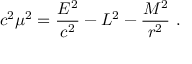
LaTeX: c ^ { 2 } \mu ^ { 2 } = { \frac { E ^ { 2 } } { c ^ { 2 } } } - L ^ { 2 } - { \frac { M ^ { 2 } } { r ^ { 2 } } } \ .